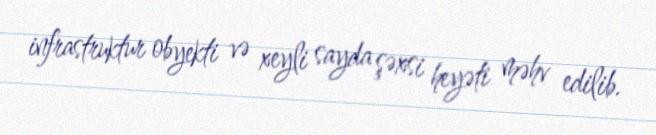
infrastruktur obyekti və xeyli sayda şəxsi heyəti məhv edilib.